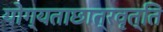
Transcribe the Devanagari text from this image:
योग्यताछात्रवृत्ति